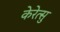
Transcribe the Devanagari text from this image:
केरेत्सु